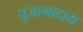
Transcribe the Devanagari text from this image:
पूजामादाय